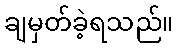
ချမှတ်ခဲ့ရသည်။